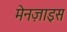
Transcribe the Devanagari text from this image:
मेनज़ाइस